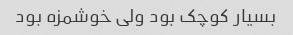
بسیار کوچک بود ولی خوشمزه بود